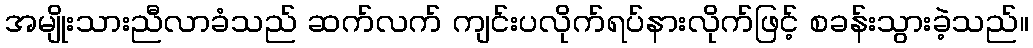
အမျိုးသားညီလာခံသည် ဆက်လက် ကျင်းပလိုက်ရပ်နားလိုက်ဖြင့် စခန်းသွားခဲ့သည်။